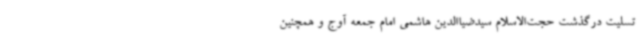
تسلیت درگذشت حجت‌الاسلام سیدضیا‌الدین هاشمی امام جمعه آوج و همچنین